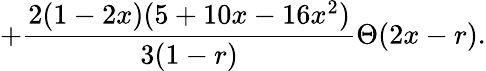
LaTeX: +\frac{2(1-2x)(5+10x-16x^{2})}{3(1-r)}\Theta(2x-r).